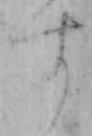
す